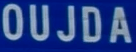
OUJDA